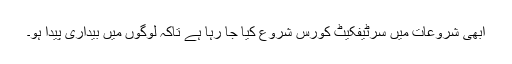
ابھی شروعات میں سرٹیفکیٹ کورس شروع کیا جا رہا ہے تاکہ لوگوں میں بیداری پیدا ہو۔